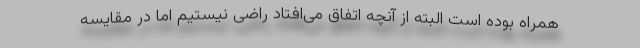
همراه بوده است البته از آنچه اتفاق می‌افتاد راضی نیستیم اما در مقایسه